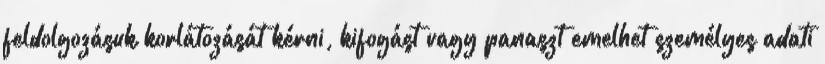
feldolgozásuk korlátozását kérni, kifogást vagy panaszt emelhet személyes adati